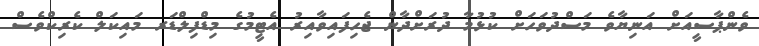
ވެންޕާސީއަށް އަނިޔާވެ މަސްދުވަހަށް ކުޅުމާ ދުރަށްދާން ޖެހިފައިވާއިރު އެޓީމުގެ މިޑްފިލްޑަރ މައިކަލް ކެރިކްވެސް